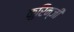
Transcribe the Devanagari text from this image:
कुरिन्‍जी